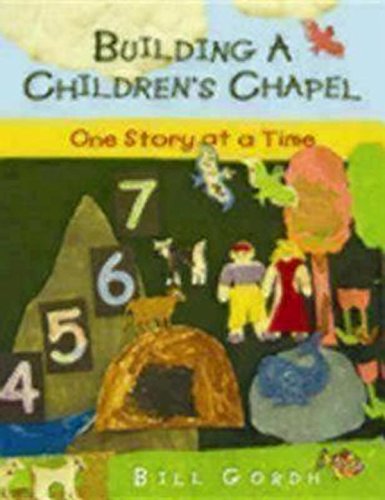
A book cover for Building a Children's Chapel: One Story at a Time; Bill Gordh; Christian Books & Bibles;